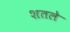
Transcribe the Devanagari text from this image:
शतले